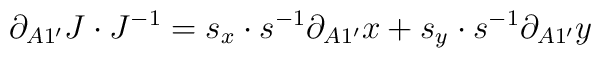
\partial_{A1^{\prime}}J\cdot J^{-1}=s_x\cdot s^{-1}\partial_{A1^{\prime}}x+s_y\cdot s^{-1}\partial_{A1^{\prime}}y